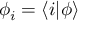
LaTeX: \phi _ { i } = \langle i | \phi \rangle